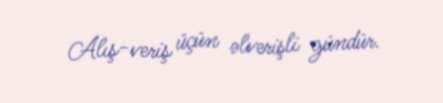
Alış-veriş üçün əlverişli gündür.